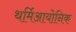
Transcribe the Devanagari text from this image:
थर्मिआयोनिक